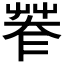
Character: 𦯤